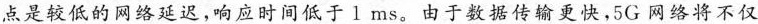
点是较低的网络延迟，响应时间低于Ⅰms。由于数据传输更快，5G网络将不仅